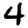
Digit: 4